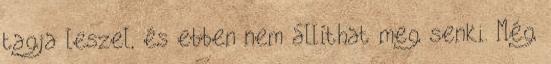
tagja leszel, és ebben nem állíthat meg senki. Még